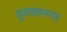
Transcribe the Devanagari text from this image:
हुलासनगर